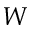
\boldsymbol { W }